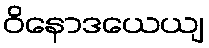
ဝိနောဒယေယျ